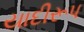
યાદીરૂપ